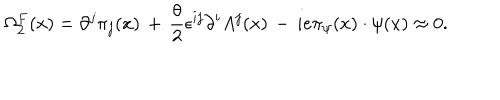
\Omega _ { 2 } ^ { F } ( x ) = \partial ^ { j } \pi _ { j } ( x ) \, + \, \frac { \theta } { 2 } \epsilon ^ { i j } \partial ^ { i } A ^ { j } ( x ) \, - \, i e \pi _ { \psi } ( x ) \cdot \psi ( x ) \approx 0 .